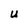
Character: U